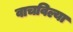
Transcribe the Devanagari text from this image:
वाचविल्या